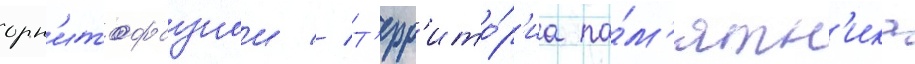
орн'итофаунои // Т'ерр'ито́р'иа па́м'ятн'ика